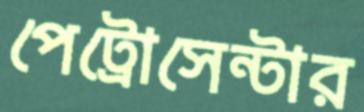
পেট্রোসেন্টার